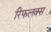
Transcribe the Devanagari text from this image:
रिफलक्स